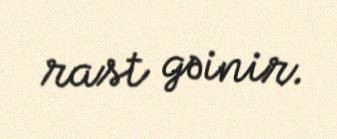
rast gəinir.